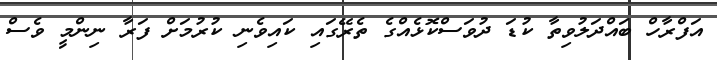
އަފްރާހް ބައްދަލުވިތާ ކުޑަ ދުވަސްކޮޅެއްގެ ތެރޭގައި ކައިވެނި ކުރުމަށް ފަރާ ނިންމީ ވެސް